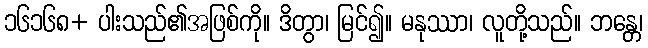
၁၆၁၆၈+ ပါးသည်၏အဖြစ်ကို။ ဒိတွာ၊ မြင်၍။ မနုဿာ၊ လူတို့သည်။ ဘန္တေ၊